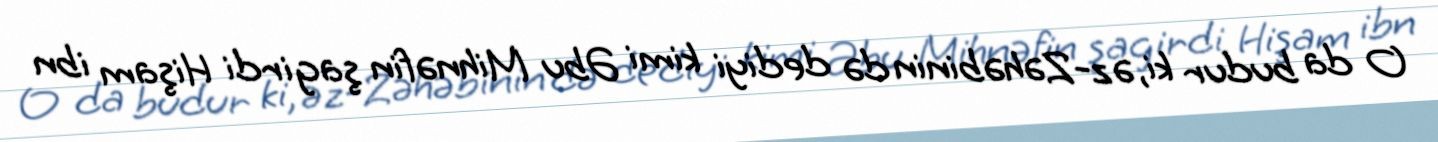
O da budur ki, əz-Zəhəbinin də dediyi kimi Əbu Mihnəfin şagirdi Hişam ibn